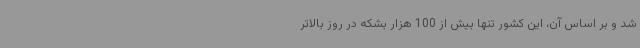
شد و بر اساس آن، این کشور تنها بیش از 100 هزار بشکه در روز بالاتر